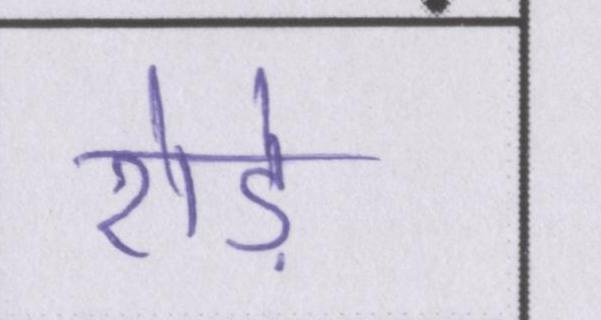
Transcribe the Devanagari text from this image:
रोड़े